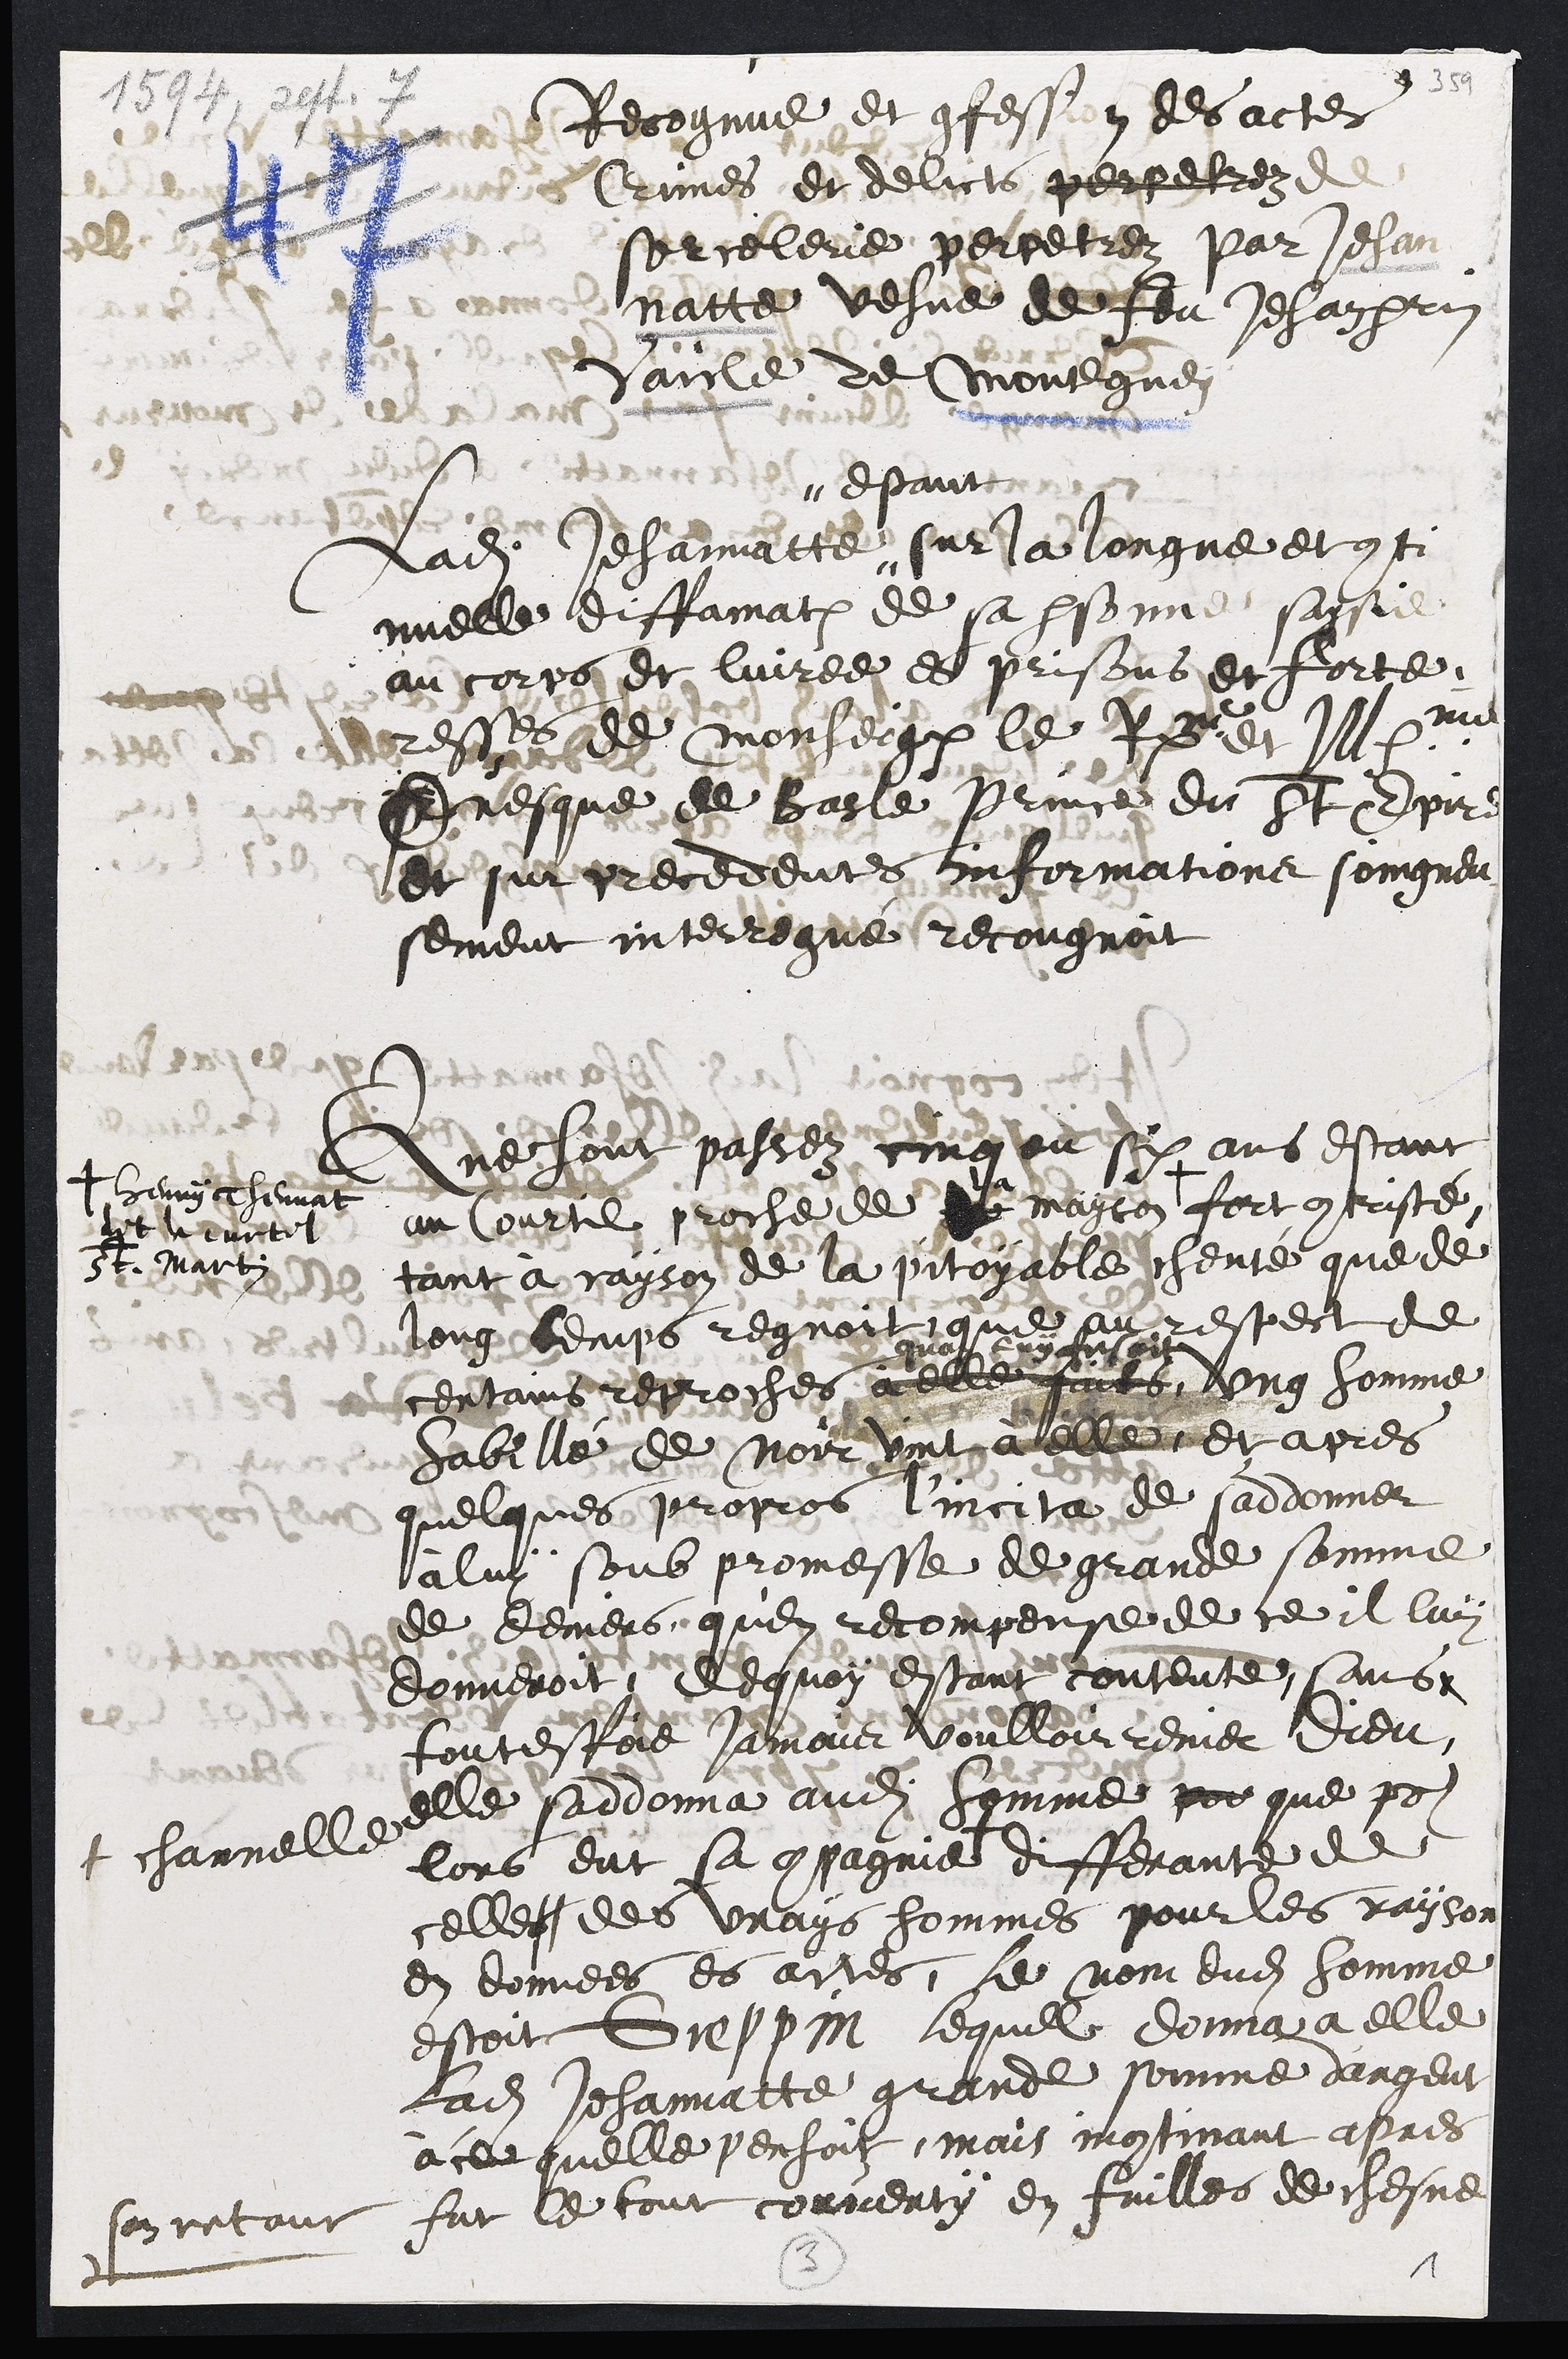
Recognue et confession des actes
Crimes et delicts perpetrez de
sorcelerie perpetrez par Jehan
natte vesve de feu Jehan perrin
Vaicle de Montegney
Ladite Jehannatte
estant
sur la longue et conti
nuelle diffamation de sa personne saisie
au corps et livree es prisons et forte¬
resses de Monseigneur le Re et Illme
Evesque de Basle Prince du St Empire,
et sur precedentes Informations soingneu
sement interrogué recougnoit
Que sont passez cinq ou six ans estant
au Courtil proche de la mayson +
+ Henry Thennat
et le curtil
St Martin
fort contristé
tant à rayson de la pitoyable cherté que de
long temps regnoit que au respect de
certains reproches a elle faits
quon luy fesoit
ung homme
habillé de noir vint à elle, et apres
quelques propos, l'incita de s'addonner
à luy soub promesse de grande somme
de deniers qu'en recompense de ce il luy
donneroit, Dequoy estant contente, sans
toutesfois jamais voulloir renier Dieu,
elle saddonna audit homme por que pour
lors eut sa compagnie +
+ charnelle
differante de
celles des vrays hommes pour les rayson
en donnees es actes, le nom dudit homme
estoit Greppin, lequel donna a elle
ladite Jehannatte grande somme d'argent
à ce quelle pensoit, mais incontinant apres
son retour
fut le tout converty en fuilles de chesne
3
1